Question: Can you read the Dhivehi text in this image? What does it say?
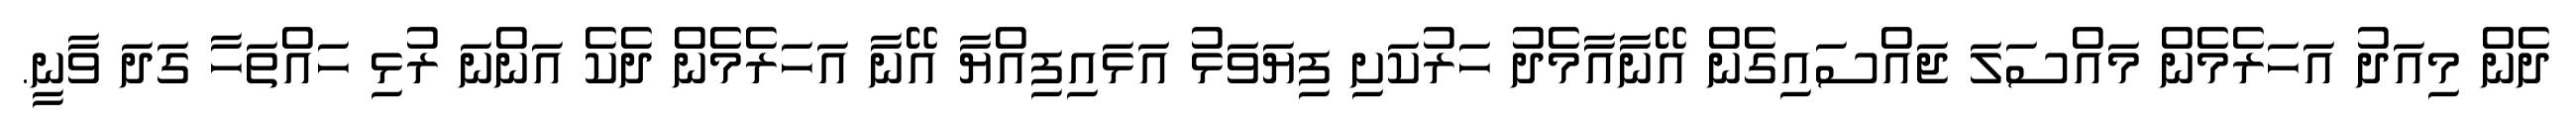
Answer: ދެން މިއަދު އަހަރެމެން މައްސަލަ ޖައްސައިގެން އޭނާއާމެދު ހަރުކަށި ފިޔަވަޅު އަޅައިފިއްޔާ އޭނާ އަހަރެމެން ދެކެ އަންނަ ރުޅި ހައްތަހާ ގަދަ ވާނީ.